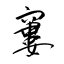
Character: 窶